Mental hospitals Bombay report 1921-28 - 1921-1928
Year: 1921
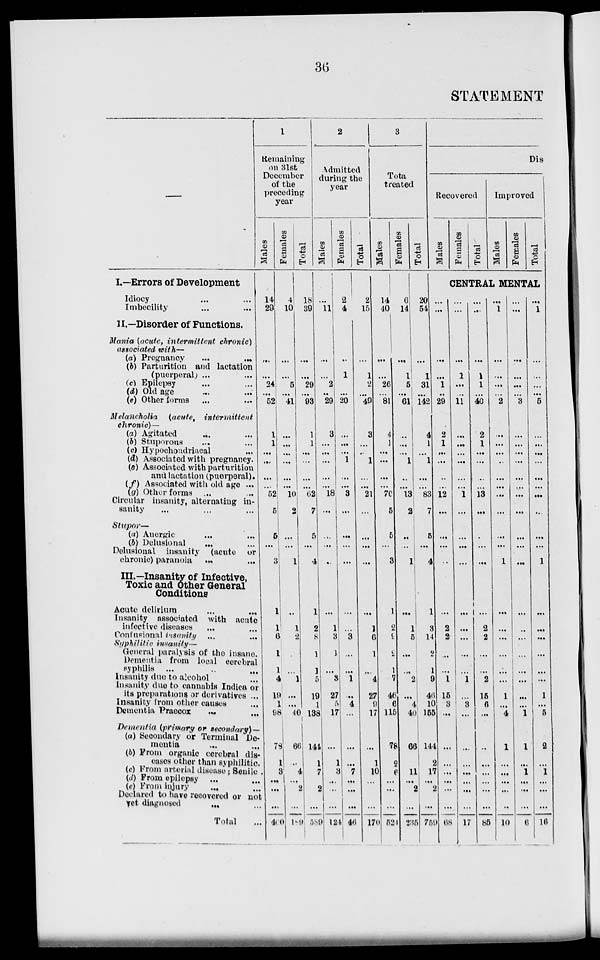
36
STATEMENT
—
I.—Errors of Development
Idiocy ... ...
Imbecility ... ...
II.—Disorder of Functions.
Mania (acute, intermittent
chronic)
associated with—
(a) Pregnancy
...
...
(b) Parturition and lactation
(puerperal) ... ...
(c) Epilepsy ... ...
(d) Old age ... ...
(e) Other forms ... ...
Melancholia (acute,
intermittent
chronic)—
(a) Agitated
...
...
(b) Stuporous ... ...
(c) Hypochondriacal ...
(d) Associated with pregnancy.
(e) Associated with parturition
and lactation (puerperal).
(f) Associated with old age ...
(g) Other forms ... ...
Circular insanity, alternating in-
sanity ... ... ...
Stupor—
(a) Anergic ... ...
(b) Delusional ... ...
Delusional insanity (acute or
chronic) paranoia
... ...
III.—Insanity of Infective,
Toxic and Other General
Conditions
Acute delirium
...
...
Insanity associated with acute
infective diseases ... ...
Confusional insanity ... ...
Syphilitic insanity—
General paralysis of the insane.
Dementia from local cerebral
syphilis ... ... ...
Insanity due to alcohol ...
Insanity due to cannabis Indica or
its preparations or derivatives ...
Insanity from other causes ...
Dementia Praecox ... ...
Dementia (primary or secondary) —
(a) Secondary or Terminal De-
mentia ... ...
(b) From organic cerebral dis-
eases other than syphilitic
(c) From arterial disease; Senile.
(d) From epilepsy ... ...
(e) From injury ... ...
Declared to have recovered or not
yet diagnosed ... ...
Total ...
1
Remaining
on 31st
December
of the
preceding
year
Males
14
29
...
...
24
...
52
1
1
...
...
...
...
52
5
5
...
3
1
1
6
1
1
4
19
1
98
78
1
3
...
...
...
400
Females
4
10
...
...
5
...
41
...
...
...
...
...
...
10
2
...
...
1
...
1
2
...
...
1
...
...
40
66
...
4
...
2
...
189
Total
18
39
...
...
29
...
93
1
1
...
...
...
...
62
7
5
...
4
1
2
8
1
1
5
19
1
138
144
1
7
...
2
...
589
2
Admitted
during the
year
Males
...
11
...
...
2
...
29
3
...
...
...
...
...
18
...
...
...
...
...
1
3
1
...
3
27
5
17
...
1
3
...
...
...
124
Females
2
4
...
1
...
...
20
...
...
...
1
...
...
3
...
...
...
...
...
...
3
...
...
1
...
4
...
...
...
7
...
...
...
46
Total
2
15
...
1
2
...
49
3
...
...
1
...
...
21
...
...
...
...
...
1
6
1
...
4
27
9
17
...
1
10
...
...
...
170
3
Total
treated
Males
14
40
...
...
26
...
81
4
1
...
...
...
...
70
5
5
...
3
1
2
9
2
1
7
46
6
115
78
2
6
...
...
...
524
Females
6
14
...
1
5
...
61
...
...
1
...
...
13
2
...
...
1
...
1
5
...
...
2
...
4
40
66
...
11
...
2
...
235
Total
20
54
...
1
31
...
142
4
1
...
1
...
...
83
7
5
...
4
1
3
14
2
1
9
46
10
155
144
2
17
...
2
...
759
Dis
Recovered
Males
Females
Total
Improved
Males
Females
Total
CENTRAL MENTAL
...
...
...
...
1
...
29
2
1
...
...
...
...
12
...
...
...
...
...
2
2
...
...
1
15
3
...
...
...
...
...
...
...
68
...
...
...
1
...
...
11
...
...
...
...
...
...
1
...
...
...
...
...
...
...
...
...
1
...
3
...
...
...
...
...
...
...
17
...
...
...
1
1
...
40
2
1
...
...
...
...
13
...
...
...
...
...
2
2
...
...
2
15
6
...
...
...
...
...
...
...
85
...
1
...
...
...
...
2
...
...
...
...
...
...
...
...
...
...
1
...
...
...
...
...
...
1
...
4
1
...
...
...
...
...
10
...
...
...
...
...
...
3
...
...
...
...
...
...
...
...
...
...
...
...
...
...
...
...
...
...
...
1
1
...
1
...
...
...
6
...
1
...
...
...
...
5
...
...
...
...
...
...
...
...
...
...
1
...
...
...
...
...
...
1
...
5
2
...
1 ...
...
...
16